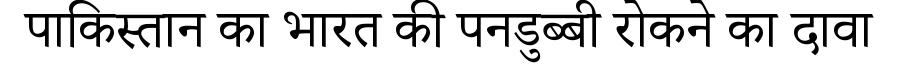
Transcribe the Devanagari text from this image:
पाकिस्तान का भारत की पनडुब्बी रोकने का दावा